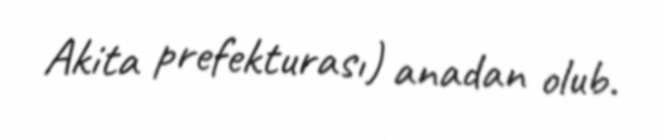
Akita prefekturası) anadan olub.